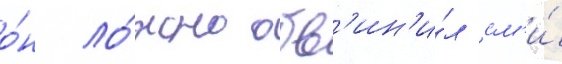
о́н ло́жно обв'ин'и́л см'и́